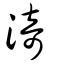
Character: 渏